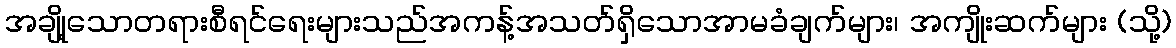
အချို့သောတရားစီရင်ရေးများသည်အကန့်အသတ်ရှိသောအာမခံချက်များ၊ အကျိုးဆက်များ (သို့)